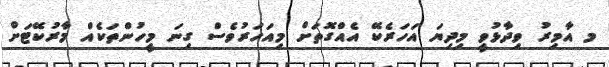
މ އާމިރު ވިދާޅުވީ މިދިޔަ އަހަރެކޭ އެއްގޮތަށް މިއަހަރުވެސް ގިނަ މީހުންތަކެއް މާރުކޭޓަށް